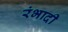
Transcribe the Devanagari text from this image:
रंभादी